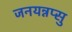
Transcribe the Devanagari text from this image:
जनयन्नप्सु